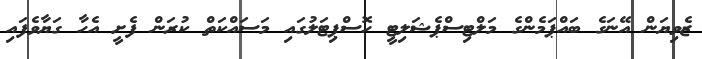
ޒެވިޔަން އޭނަގެ ބައްޕަމެންގެ މަލްޓިސްޕެޝަލިޓީ ހޮސްޕިޓަލުގައި މަސައްކަތް ކުރަން ފެށީ އެހާ ގަޔާވެފައި